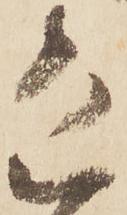
恐